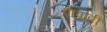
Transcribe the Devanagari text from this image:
पावावी